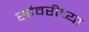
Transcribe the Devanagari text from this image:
सांवरीच्या